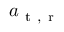
a _ { \mathrm { ~ t ~ , ~ r ~ } }